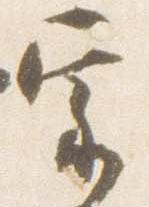
宗